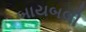
બાયબલી